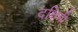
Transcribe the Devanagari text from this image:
दक्षिमी